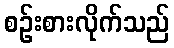
စဉ်းစားလိုက်သည်